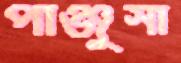
পাঞ্জুসা